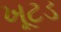
ખૂટડ